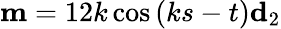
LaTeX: \mathbf{m}=12k\cos{(ks-t)}\mathbf{d}_{2}